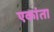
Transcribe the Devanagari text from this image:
एकांता